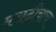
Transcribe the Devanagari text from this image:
मराठीचाच